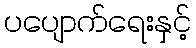
ပပျောက်ရေးနှင့်